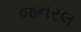
જનરલ